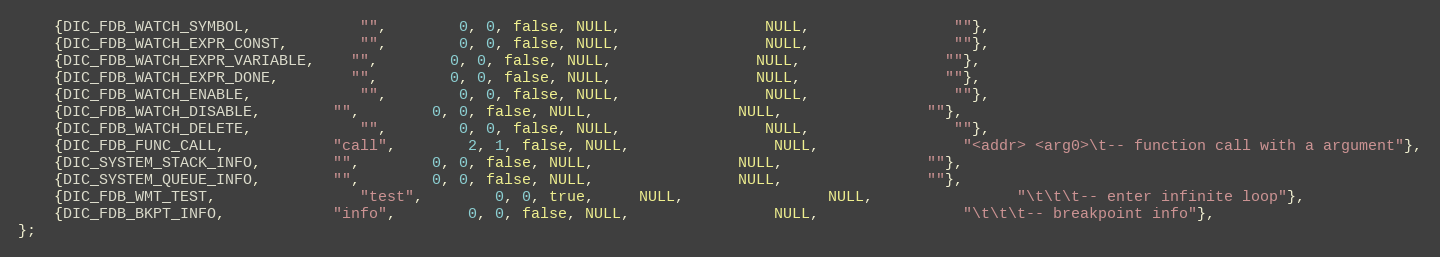
Language: C
    {DIC_FDB_WATCH_SYMBOL, 			"", 		0, 0, false, NULL, 				NULL, 				""},
    {DIC_FDB_WATCH_EXPR_CONST, 		"", 		0, 0, false, NULL, 				NULL, 				""},
    {DIC_FDB_WATCH_EXPR_VARIABLE, 	"", 		0, 0, false, NULL, 				NULL, 				""},
    {DIC_FDB_WATCH_EXPR_DONE, 		"", 		0, 0, false, NULL, 				NULL, 				""},
    {DIC_FDB_WATCH_ENABLE, 			"", 		0, 0, false, NULL, 				NULL, 				""},
    {DIC_FDB_WATCH_DISABLE, 		"", 		0, 0, false, NULL, 				NULL, 				""},
    {DIC_FDB_WATCH_DELETE, 			"", 		0, 0, false, NULL, 				NULL, 				""},
    {DIC_FDB_FUNC_CALL, 			"call",		2, 1, false, NULL, 				NULL, 				"<addr> <arg0>\t-- function call with a argument"},
    {DIC_SYSTEM_STACK_INFO, 		"", 		0, 0, false, NULL, 				NULL, 				""},
    {DIC_SYSTEM_QUEUE_INFO, 		"", 		0, 0, false, NULL, 				NULL, 				""},
	{DIC_FDB_WMT_TEST, 				"test",		0, 0, true,	 NULL, 				NULL, 				"\t\t\t-- enter infinite loop"},
    {DIC_FDB_BKPT_INFO, 			"info",		0, 0, false, NULL, 				NULL, 				"\t\t\t-- breakpoint info"},
};